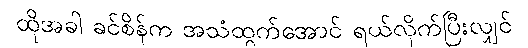
ထိုအခါ ခင်စိန်က အသံထွက်အောင် ရယ်လိုက်ပြီးလျှင်